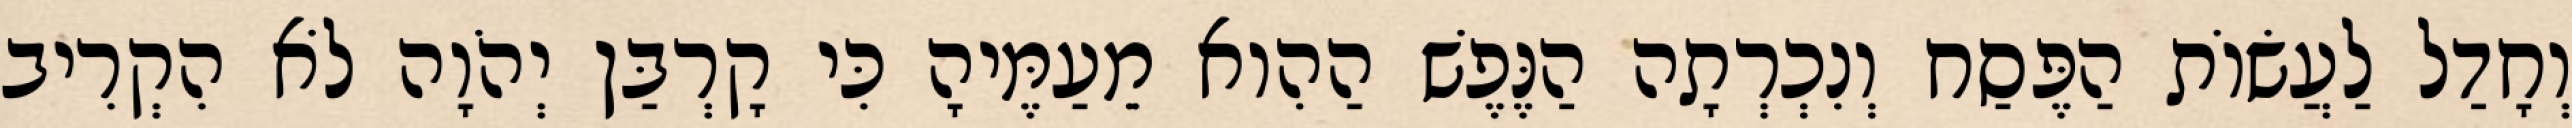
וְחָדַל לַעֲשׂוֹת הַפֶּסַח וְנִכְרְתָה הַנֶּפֶשׁ הַהִוא מֵעַמֶּיהָ כִּי קָרְבַּן יְהֹוָה לֹא הִקְרִיב